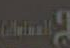
المسامات